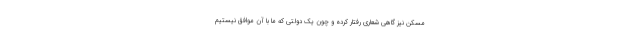
مسکن نیز گاهی شعاری رفتار کرده و چون یک دولتی که ما با آن موافق نیستیم